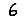
Digit: 6